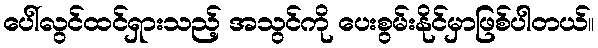
ပေါ်လွင်ထင်ရှားသည့် အသွင်ကို ပေးစွမ်းနိုင်မှာဖြစ်ပါတယ်။